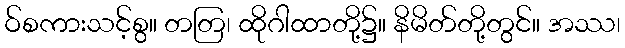
ဝ်စကားသင့်စွ။ တတြ၊ ထိုဂါထာတို့၌။ နိမိတ်တို့တွင်။ အဿ၊